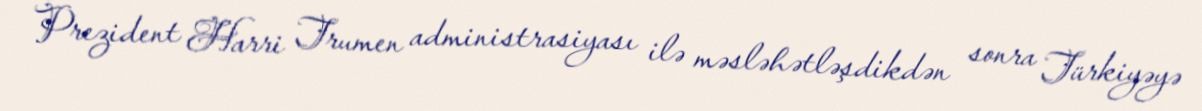
Prezident Harri Trumen administrasiyası ilə məsləhətləşdikdən sonra Türkiyəyə